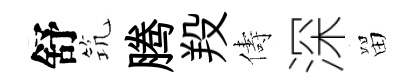
舒𥬑腾羖儔深㽞